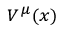
\scriptstyle V ^ { \mu } ( x )